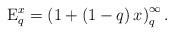
LaTeX: \begin{align*}{{\rm{E}}_q^x } = \left( {1 + \left(1-q\right)x} \right)_q^\infty.\end{align*}